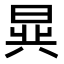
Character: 𬁧